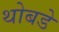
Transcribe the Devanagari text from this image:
थोबडे